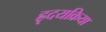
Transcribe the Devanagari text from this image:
ह्रृदयक्रिया